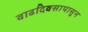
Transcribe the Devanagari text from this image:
वाढदिवसापासुन